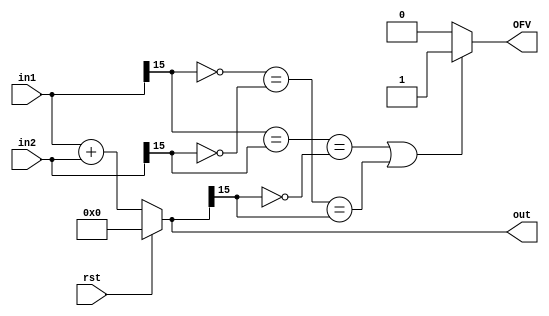
`timescale 1ns / 1ps
//////////////////////////////////////////////////////////////////////////////////

//`define WIDTH ( (WI1+WF1) > (WI2+ WF2) ? (WI1 +WF1+1) : (WI2+ WF2 +1))  // Max of two +1

`define Fmax ( (WF1-WF2) > (WF2 - WF1) ? WF1 : WF2)  //finding larger frac part
`define Fmin ( (WF1-WF2) < (WF2 - WF1) ? WF1 : WF2)  //finding smaller frac part

`define Imax ( (WI1-WI2) > (WI2 - WI1) ? WI1 : WI2 )    //Max(WI1,WI2)
`define ImaxPlus ( (WI1-WI2) > (WI2 - WI1) ? WI1 +1 : WI2 +1)    //Max(WI1,WI2)+1
`define Imin ( (WI1-WI2) < (WI2 - WI1) ? WI1 : WI2)


module fp_adder #(parameter WI1 =8,WF1 =8, WI2 =8 , WF2=8, WI0 =8 , WF0=8 )(
    input rst,
    input signed [WI1+WF1-1:0] in1,
    input signed [WI2+WF2-1:0] in2,
    output reg signed [WI0+WF0-1:0] out, //this RIGHT FIR ADDING????????? maybe add a plus 1
    output reg OFV
    );
    
    reg signed [`ImaxPlus + `Fmax -1 :0] in1T;   // space for extended max inputs
    reg signed [`ImaxPlus + `Fmax -1 :0] in2T;  //?????????????
   
    reg signed [`ImaxPlus + `Fmax  -1:0] outT; //correct full max(WI1,WI2) +1 and max(WF1,Wf2)
    
    
    
    reg        [WI0-1:0] Iwire0;     //output wire Int size    
    reg        [WF0-1:0] Fwire0;    //output wire Frac size     
    
    reg         [`ImaxPlus-1:0] Iwire;  // max Int size  for in1
    reg         [`ImaxPlus-WI0-1:0] tmp;  // tmp for of check
    reg         [`Fmax-1:0] Fwire;  // max Frac size for in1
    
//    reg         [`Imax-1:0] Iwire2;  // max Int size  for in2
//    reg         [`Fmax-1:0] Fwire2;  // max Frac size  for in2
    
    
 
    always@* begin  
        OFV=0;
 //aligning the fixed points
 
 //***************atemp1*******    

    if(WF1 < WF2) 
    in1T = in1 <<< (WF2-WF1);
    else  in1T = in1;
    if(WF2 < WF1) 
    in2T = in2 <<< (WF1-WF2);
    else  in2T = in2;
    
    outT = in1T +in2T;
   {Iwire,Fwire}= outT;   //parse out full Int and Frac again from SUM


 // *****************************
 
        
  //**********alignment attemp 2******************************************************
    
//    Iwire= in1[WI1 +WF1 -1:WF1];            //int part from in1
//    Iwire2=in2[WI2 +WF2 -1:WF2];           //int part from 1n2
//    Fwire =  in1[WF1-1:0];                   //frac part for in1
//    Fwire2 = in2[WF2-1:0];                  //frac part for in2
     
     
//    if(WI2 > WI1) 
//    Iwire = {{(WI2-WI1){in1[WI1 +WF1 -1]}},in1[WI1 +WF1 -1:WF1]}; //sign extned int part of in1 
//    if(WI1 > WI2) 
//    Iwire2 = {{(WI1-WI2){in2[WI1 +WF1 -1]}}, in2[WI1 +WF1 -1:WF2]}; //sign extned int part in2 ??wrong fix in2
//    if(WF1 < WF2) 
//    Fwire = {in1[WF1-1:0],{(WF2-WF1){1'b0}}};  //0 extend frac 1
//    if(WF2 < WF1) 
//    Fwire2 = {in2[WF1-1:0],{(WF1-WF2){1'b0}}};  //0 extend frac2
    
//    in1T = {Iwire,Fwire};   //must  sign extend? or did I already
//    in2T = {Iwire2,Fwire2}; // Both are now same bitwidth
    
        
//       outT = in1T +in2T;   //correct full SUM
       
//       {Iwire,Fwire}= outT;   //parse out full Int and Frac again from SUM
      
 //    //*********************************************************************
 
 
   
    
    if(WI0 > (`ImaxPlus)) begin                       //greater bitwidth than INT part of SUM
    
   Iwire0 = {{(WI0-(`ImaxPlus)){outT[`ImaxPlus + `Fmax -1]}},Iwire};  
    end
    
    
    if(WF0 > (`Fmax +1)) begin
    
   Fwire0=  {Fwire,{(WF0-(`Fmax +1)){1'b0}}};
    end
      
      
      
      
    if(WI0 < (`ImaxPlus )) begin                         //I believe this should be max(WI1,WI2) +1
    
    
          Iwire0 = {Iwire[`ImaxPlus-1],Iwire[WI0-1:0]};      //keep sign bit and drop MSB of INT
//        Iwire0 = Iwire;                               //since lower bits go in first might be ok check on that
          tmp = {  Iwire[`ImaxPlus-1:(`ImaxPlus-WI0)]};

//                 if((in1[WI1+WF1-1] ==in2[WI2 +WF2 -1] ==(&tmp)) || (~in1[WI1+WF1-1] ==~in2[WI2 +WF2 -1] ==(|tmp))) begin  
                    if((Iwire[`ImaxPlus-1] ==(&tmp)) || (~Iwire[`ImaxPlus-1]  ==(|tmp))) begin   //sign bit check with tmp bits
                    OFV= 1'b0;
                    end
                    else OFV =1'b1;
         end
    
    
    
    if(WF0 < (`Fmax )) begin
    
   Fwire0=  Fwire[`Fmax-1:(`Fmax)-WF0];  //drop LSBs keep rest
   
    end
      
      
      
      
      
     
     if(WI0 == `Imax ) begin
     
     Iwire0= Iwire[`ImaxPlus-2:0]; //ignoring MSB only
      
                if((in1[WI1+WF1-1] ==in2[WI2 +WF2 -1] ==~out[WI0+WF0 -1]) || (~in1[WI1+WF1-1] ==~in2[WI2 +WF2 -1] ==out[WI0+WF0 -1]))   //what???
                OFV= 1'b1;
                else OFV =1'b0;
      
      end
      
     if(WF0 == `Fmax ) begin
        Fwire0= Fwire;
      
      end
      
      if(WI0 == `ImaxPlus) begin
       Iwire0= Iwire;
      end
      
      if(WF0 == `Fmax +1) begin   //neccessary since it carries over into INT part?
      Fwire0= Fwire;
      
      end
       
       
       
       
   if(rst)       
   out = 0;      
   else  out = {Iwire0,Fwire0};
   
    
    end   
endmodule